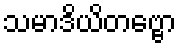
သမာဒိယိတဗ္ဗော